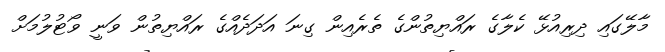
މާލޭގައި ދިރިއުޅޭ ކެލާގެ ރައްޔިތުންގެ ތެރެއިން ގިނަ އަދަދެއްގެ ރައްޔިތުން ވަނީ ވޯޓުލުމަށް